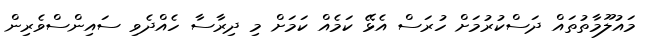
މައުލޫމާތުތައް ދަސްކުރުމަށް ހުރަސް އެޅޭ ކަމެއް ކަމަށް މި ދިރާސާ ހެއްދެވި ސައިންސްވެރިން